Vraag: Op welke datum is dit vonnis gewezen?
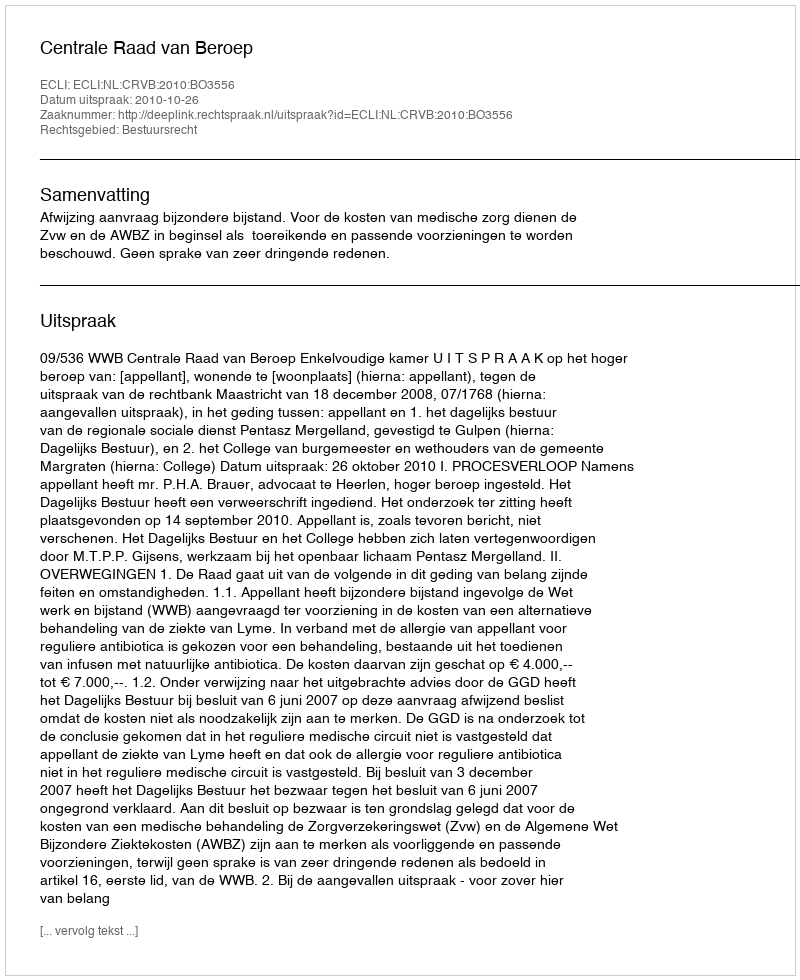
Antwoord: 2010-10-26